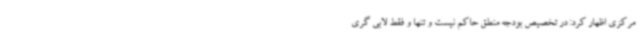
مرکزی اظهار کرد: در تخصیص بودجه منطق حاکم نیست و تنها و فقط لابی گری